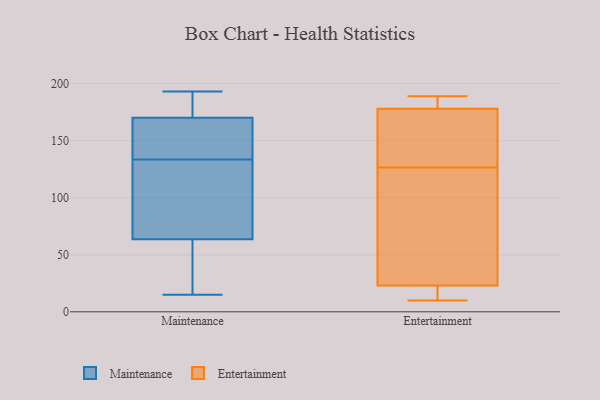
{"axis": {"x": "Conversion Rate (%)", "y": "Value"}, "legend": ["Entertainment", "Maintenance"], "data": [{"x": "", "y": 162, "type": "Maintenance"}, {"x": "", "y": 30, "type": "Maintenance"}, {"x": "", "y": 15, "type": "Maintenance"}, {"x": "", "y": 174, "type": "Maintenance"}, {"x": "", "y": 70, "type": "Maintenance"}, {"x": "", "y": 48, "type": "Maintenance"}, {"x": "", "y": 110, "type": "Maintenance"}, {"x": "", "y": 57, "type": "Maintenance"}, {"x": "", "y": 85, "type": "Maintenance"}, {"x": "", "y": 193, "type": "Maintenance"}, {"x": "", "y": 130, "type": "Maintenance"}, {"x": "", "y": 148, "type": "Maintenance"}, {"x": "", "y": 137, "type": "Maintenance"}, {"x": "", "y": 191, "type": "Maintenance"}, {"x": "", "y": 182, "type": "Maintenance"}, {"x": "", "y": 166, "type": "Maintenance"}, {"x": "", "y": 23, "type": "Entertainment"}, {"x": "", "y": 128, "type": "Entertainment"}, {"x": "", "y": 178, "type": "Entertainment"}, {"x": "", "y": 10, "type": "Entertainment"}, {"x": "", "y": 183, "type": "Entertainment"}, {"x": "", "y": 153, "type": "Entertainment"}, {"x": "", "y": 189, "type": "Entertainment"}, {"x": "", "y": 66, "type": "Entertainment"}, {"x": "", "y": 17, "type": "Entertainment"}, {"x": "", "y": 125, "type": "Entertainment"}]}